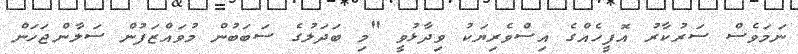
ނަމަވެސް ސަރުކާރު އޮފީހެއްގެ އިސްވެރިޔަކު ވިދާޅުވީ "މި ބަދަލުގެ ސަބަބުން މުވައްޒަފުން ސަލާންޖަހަން